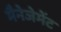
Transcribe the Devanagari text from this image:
मैनेजेमेंट